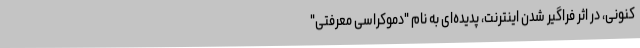
کنونی، در اثر فراگیر شدن اینترنت، پدیده‌ای به نام "دموکراسی معرفتی"